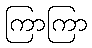
ကြာကြာ